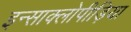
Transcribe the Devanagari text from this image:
इन्साक्लोपीड़िया